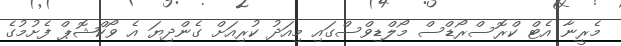
މެރީނާ އެޓް ކްރޮސްރޯޑްސް މޯލްޑިވްސްގައި މިއަދު ކުރިއަށް ގެންދިޔަ އެ ވޯކްޝޮޕް ފެށުމުގެ